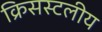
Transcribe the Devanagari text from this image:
क्रिसस्टलीय